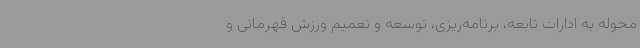
محوله به ادارات تابعه، برنامه‌ریزی، توسعه و تعمیم ورزش قهرمانی و